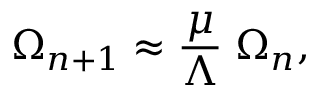
\Omega _ { n + 1 } \approx { \frac { \mu } { \Lambda } } \; \Omega _ { n } ,